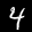
Label: 4